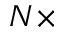
N \times